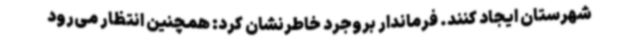
شهرستان ایجاد کنند. فرماندار بروجرد خاطرنشان کرد: همچنین انتظار می‌رود